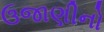
ઉજાણીનો